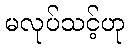
မလုပ်သင့်ဟု